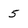
Character: 5